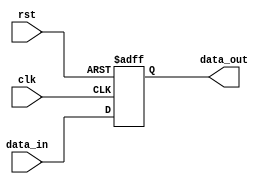
module Fallback_Bypass_Register (
    input wire clk,             // Clock input
    input wire rst,             // Reset input
    input wire data_in,         // Data input
    output reg data_out         // Data output
);

// Fallback Bypass Register implementation
reg [7:0] data_reg;            // Data register with 8 bits

// Error detection and correction mechanisms can be implemented here

always @(posedge clk or posedge rst) begin
    if (rst) begin
        data_reg <= 8'b0;      // Reset data register
    end else begin
        data_reg <= data_in;   // Load data input into register
    end
end

assign data_out = data_reg;    // Assign data output

endmodule